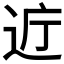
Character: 𫐤